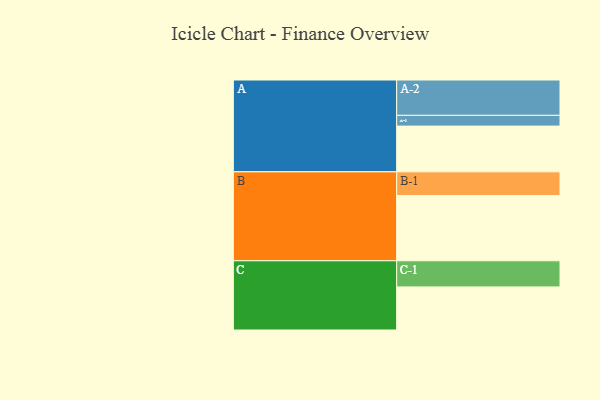
{"axis": {"x": "Segment", "y": "Value"}, "legend": ["", "A", "B", "C"], "data": [{"x": "A", "y": 348, "type": ""}, {"x": "B", "y": 497, "type": ""}, {"x": "C", "y": 328, "type": ""}, {"x": "A-1", "y": 82, "type": "A"}, {"x": "A-2", "y": 269, "type": "A"}, {"x": "B-1", "y": 180, "type": "B"}, {"x": "C-1", "y": 199, "type": "C"}]}